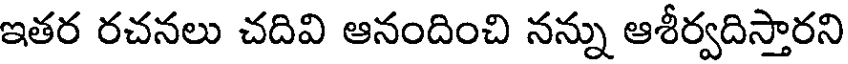
ఇతర రచనలు చదివి ఆనందించి నన్ను ఆశీర్వదిస్తారని